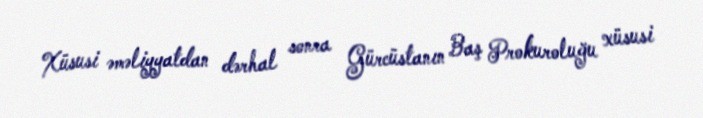
Xüsusi əməliyyatdan dərhal sonra Gürcüstanın Baş Prokuroluğu xüsusi